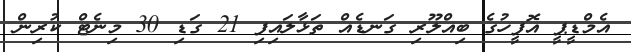
އެމްޑީޕީ އޮފީހުގެ ބިއްލޫރި ގަނޑެއް ތަޅާލައިފި 21 ގަޑި 30 މިނެޓް ކުރިން